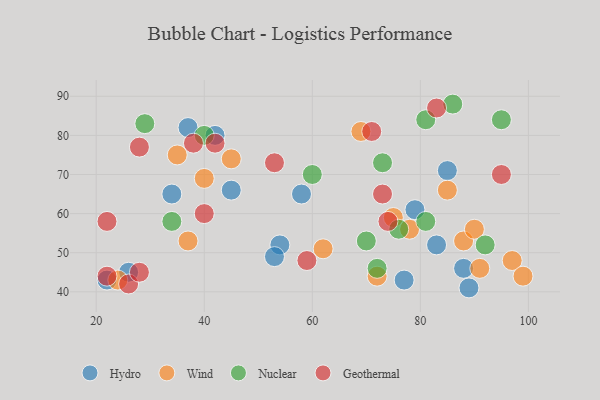
{"axis": {"x": "GDP", "y": "Life Expectancy"}, "legend": ["Geothermal", "Hydro", "Nuclear", "Wind"], "data": [{"x": "88", "y": 46, "type": "Hydro"}, {"x": "58", "y": 65, "type": "Hydro"}, {"x": "45", "y": 66, "type": "Hydro"}, {"x": "42", "y": 80, "type": "Hydro"}, {"x": "37", "y": 82, "type": "Hydro"}, {"x": "26", "y": 45, "type": "Hydro"}, {"x": "85", "y": 71, "type": "Hydro"}, {"x": "77", "y": 43, "type": "Hydro"}, {"x": "54", "y": 52, "type": "Hydro"}, {"x": "53", "y": 49, "type": "Hydro"}, {"x": "34", "y": 65, "type": "Hydro"}, {"x": "89", "y": 41, "type": "Hydro"}, {"x": "22", "y": 43, "type": "Hydro"}, {"x": "83", "y": 52, "type": "Hydro"}, {"x": "79", "y": 61, "type": "Hydro"}, {"x": "40", "y": 69, "type": "Wind"}, {"x": "45", "y": 74, "type": "Wind"}, {"x": "62", "y": 51, "type": "Wind"}, {"x": "97", "y": 48, "type": "Wind"}, {"x": "24", "y": 43, "type": "Wind"}, {"x": "85", "y": 66, "type": "Wind"}, {"x": "88", "y": 53, "type": "Wind"}, {"x": "37", "y": 53, "type": "Wind"}, {"x": "69", "y": 81, "type": "Wind"}, {"x": "91", "y": 46, "type": "Wind"}, {"x": "75", "y": 59, "type": "Wind"}, {"x": "35", "y": 75, "type": "Wind"}, {"x": "90", "y": 56, "type": "Wind"}, {"x": "99", "y": 44, "type": "Wind"}, {"x": "78", "y": 56, "type": "Wind"}, {"x": "72", "y": 44, "type": "Wind"}, {"x": "73", "y": 73, "type": "Nuclear"}, {"x": "95", "y": 84, "type": "Nuclear"}, {"x": "76", "y": 56, "type": "Nuclear"}, {"x": "92", "y": 52, "type": "Nuclear"}, {"x": "81", "y": 84, "type": "Nuclear"}, {"x": "29", "y": 83, "type": "Nuclear"}, {"x": "60", "y": 70, "type": "Nuclear"}, {"x": "34", "y": 58, "type": "Nuclear"}, {"x": "70", "y": 53, "type": "Nuclear"}, {"x": "86", "y": 88, "type": "Nuclear"}, {"x": "72", "y": 46, "type": "Nuclear"}, {"x": "81", "y": 58, "type": "Nuclear"}, {"x": "40", "y": 80, "type": "Nuclear"}, {"x": "71", "y": 81, "type": "Geothermal"}, {"x": "59", "y": 48, "type": "Geothermal"}, {"x": "83", "y": 87, "type": "Geothermal"}, {"x": "42", "y": 78, "type": "Geothermal"}, {"x": "95", "y": 70, "type": "Geothermal"}, {"x": "26", "y": 42, "type": "Geothermal"}, {"x": "53", "y": 73, "type": "Geothermal"}, {"x": "28", "y": 77, "type": "Geothermal"}, {"x": "22", "y": 44, "type": "Geothermal"}, {"x": "74", "y": 58, "type": "Geothermal"}, {"x": "73", "y": 65, "type": "Geothermal"}, {"x": "40", "y": 60, "type": "Geothermal"}, {"x": "28", "y": 45, "type": "Geothermal"}, {"x": "38", "y": 78, "type": "Geothermal"}, {"x": "22", "y": 58, "type": "Geothermal"}]}